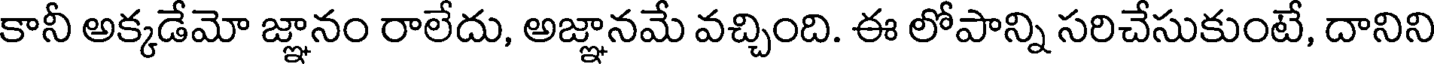
కానీ అక్కడేమో జ్ఞానం రాలేదు, అజ్ఞానమే వచ్చింది. ఈ లోపాన్ని సరిచేసుకుంటే, దానిని